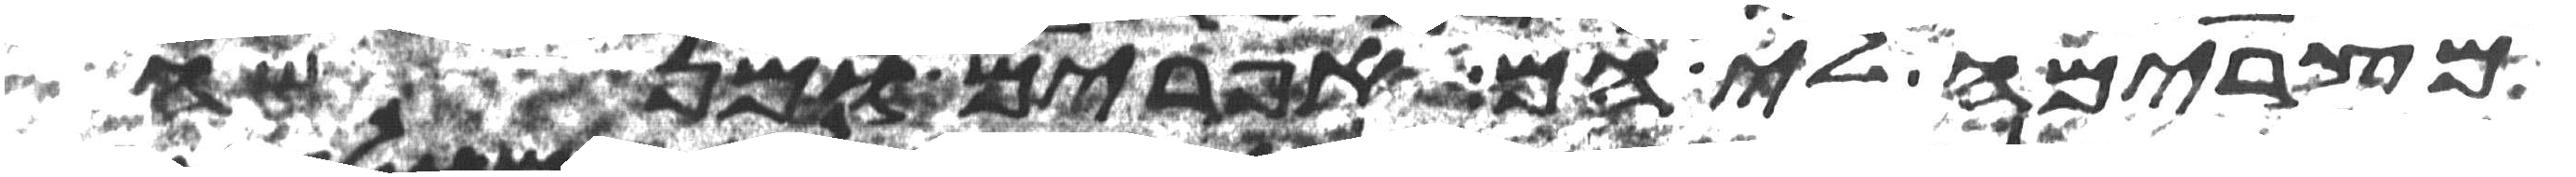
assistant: מצרימה לי הם אפרים ומנשה